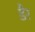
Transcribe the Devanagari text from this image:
डैर